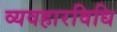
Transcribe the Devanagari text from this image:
व्यवहारविधि